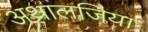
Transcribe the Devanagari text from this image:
अथ्रालजिया